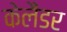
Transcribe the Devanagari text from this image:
केलैंडर